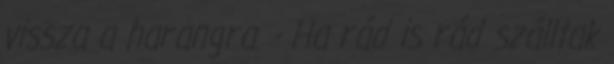
vissza a harangra. - Ha rád is rád szálltak